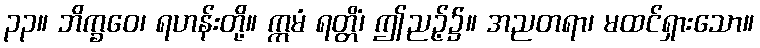
၃၃။ ဘိက္ခဝေ၊ ရဟန်းတို့။ ဣမံ ရတ္တိံ၊ ဤညဉ့်၌။ အညတရာ၊ မထင်ရှားသော။